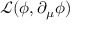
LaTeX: { \mathcal { L } } ( \phi , \partial _ { \mu } \phi )